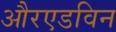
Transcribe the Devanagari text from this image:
औरएडविन